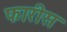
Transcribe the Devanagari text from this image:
फारीस